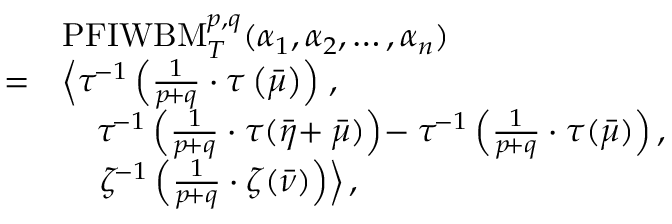
\begin{array} { r l } & { \mathrm { P F I W B M } _ { T } ^ { p , q } ( \alpha _ { 1 } , \alpha _ { 2 } , \ldots , \alpha _ { n } ) } \\ { = } & { \left\langle \tau ^ { \! - 1 } \left( \frac { 1 } { p \! + q } \cdot \tau \left( \bar { \mu } \right) \right) \right. , } \\ & { \quad \tau ^ { \! - 1 } \left( \frac { 1 } { p \! + q } \cdot \tau ( \bar { \eta } \! + \bar { \mu } ) \right) \! - \tau ^ { \! - 1 } \left( \frac { 1 } { p \! + q } \cdot \tau ( \bar { \mu } ) \right) , } \\ & { \quad \left. \zeta ^ { \! - 1 } \left( \frac { 1 } { p \! + q } \cdot \zeta ( \bar { \nu } ) \right) \right\rangle , } \end{array}